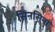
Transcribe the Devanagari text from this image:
सिनसिना